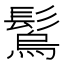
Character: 𩮮